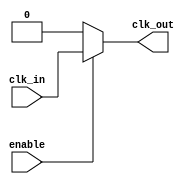
module clock_gating_cell (
    input wire clk_in,
    input wire enable,
    output wire clk_out
);
    assign clk_out = enable ? clk_in : 1'b0; // If enable is high, pass through clk_in; else, output 0
endmodule